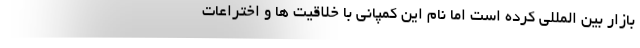
بازار بین المللی کرده است اما نام این کمپانی با خلاقیت ها و اختراعات